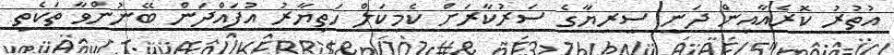
އުތުރު ކޮރެއާއިން ދަނީ ސީރިޔާގެ ސަރުކާރަށް ކެމިކަލް ހަތިޔާރު އުފައްދަން ބޭނުންވާ ތަކެތި